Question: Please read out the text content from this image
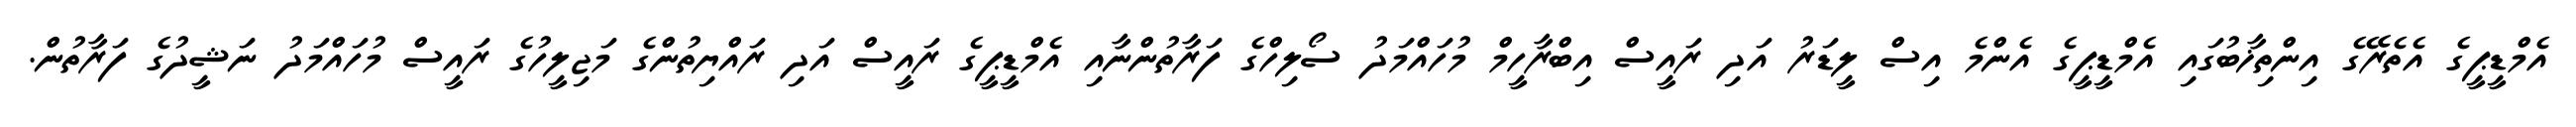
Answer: އެމްޑީޕީގެ އެތެރޭގެ އިންތިޚާބުގައި އެމްޑީޕީގެ އެންމެ އިސް ލީޑަރު އަދި ރައީސް އިބްރާހީމް މުހައްމަދު ސޯލިހްގެ ފަރާތުންނާއި އެމްޑީޕީގެ ރައީސް އަދި ރައްޔިތުންގެ މަޖިލީހުގެ ރައީސް މުހައްމަދު ނަޝީދުގެ ފަރާތުން.